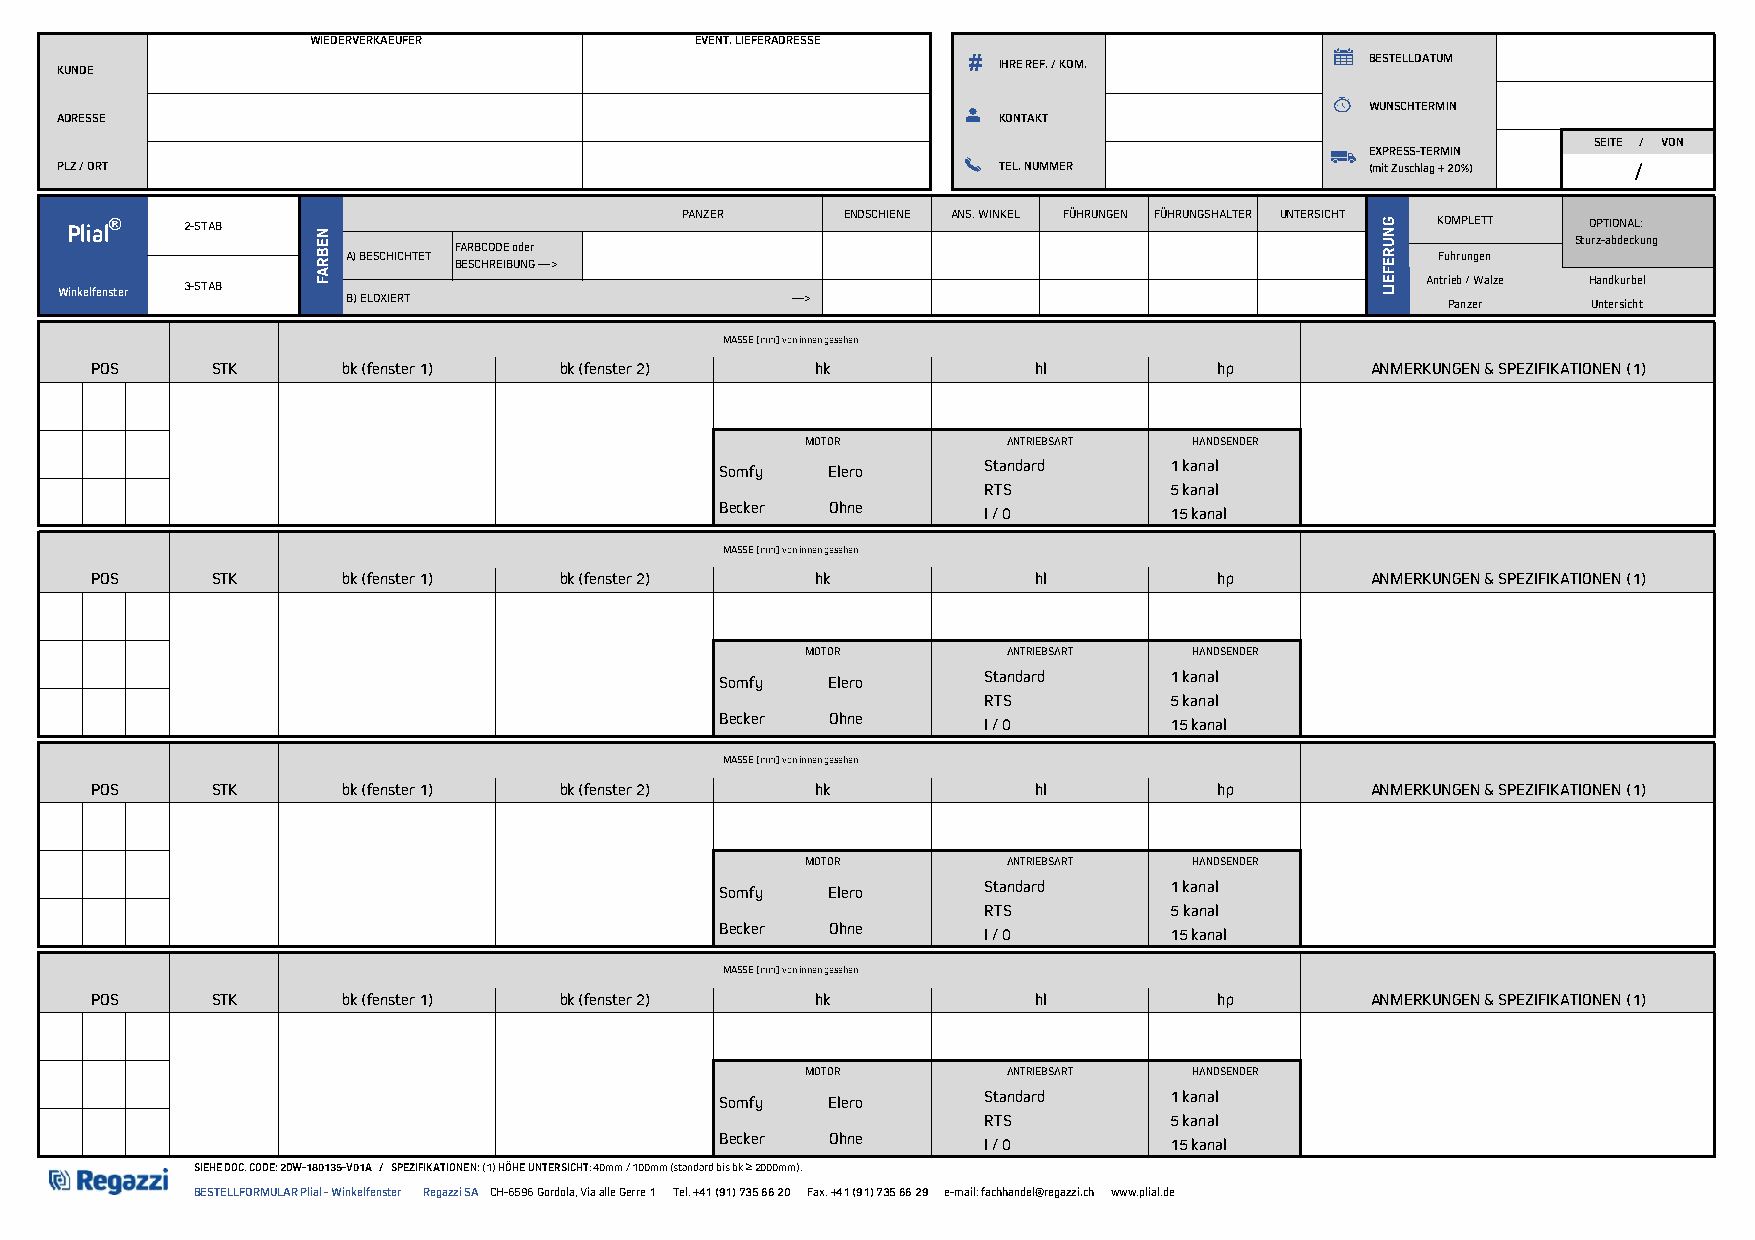
WIEDERVERKAEUFER         EVENT. LIEFERADRESSE
 KUNDE                                                       # IHRE REF. / KOM.         BESTELLDATUM
 WUNSCHTERMIN
 ADRESSE                                                       KONTAKT
 SEITE / VON
 EXPRESS-TERMIN
 PLZ / ORT                                                     TEL. NUMMER              (mit Zuschlag + 20%) /
 Plial®  2-STAB                           PANZER     ENDSCHIENE ANS. WINKEL FÜHRUNGEN FÜHRUNGSHALTER UNTERSICHT KOMPLETT OPTIONAL:
 Sturz-abdeckung
 FARBCODE oder
 A) BESCHICHTET                                                          Führungen
 BESCHREIBUNG --->
 3-STAB                                                                            Antrieb / Walze Handkurbel
 Winkelfenster      B) ELOXIERT                  --->                                        Panzer   Untersicht
 MASSE [mm] von innen gesehen
 POS     STK      bk (fenster 1) bk (fenster 2)  hk            hl           hp        ANMERKUNGEN & SPEZIFIKATIONEN (1)
 MOTOR         ANTRIEBSART HANDSENDER
 Somfy  Elero     Standard     1 kanal
 RTS          5 kanal
 Becker Ohne      I / 0        15 kanal
 MASSE [mm] von innen gesehen
 POS     STK      bk (fenster 1) bk (fenster 2)  hk            hl           hp        ANMERKUNGEN & SPEZIFIKATIONEN (1)
 MOTOR         ANTRIEBSART HANDSENDER
 Somfy  Elero     Standard     1 kanal
 RTS          5 kanal
 Becker Ohne      I / 0        15 kanal
 MASSE [mm] von innen gesehen
 POS     STK      bk (fenster 1) bk (fenster 2)  hk            hl           hp        ANMERKUNGEN & SPEZIFIKATIONEN (1)
 MOTOR         ANTRIEBSART HANDSENDER
 Somfy  Elero     Standard     1 kanal
 RTS          5 kanal
 Becker Ohne      I / 0        15 kanal
 MASSE [mm] von innen gesehen
 POS     STK      bk (fenster 1) bk (fenster 2)  hk            hl           hp        ANMERKUNGEN & SPEZIFIKATIONEN (1)
 MOTOR         ANTRIEBSART HANDSENDER
 Somfy  Elero     Standard     1 kanal
 RTS          5 kanal
 Becker Ohne      I / 0        15 kanal
 SIEHE DOC. CODE: 2DW-180135-V01A / SPEZIFIKATIONEN: (1) HÖHE UNTERSICHT: 40mm / 100mm (standard bis bk ≥ 2000mm).
 BESTELLFORMULAR Plial - Winkelfenster Regazzi SA CH-6596 Gordola, Via alle Gerre 1 Tel. +41 (91) 735 66 20 Fax. +41 (91) 735 66 29 e-mail: fachhandel@regazzi.ch www.plial.de
 NEBRAF
 GNUREFEIL